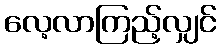
လေ့လာကြည့်လျှင်